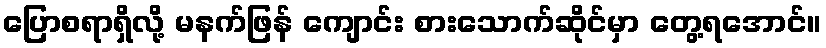
ပြောစရာရှိလို့ မနက်ဖြန် ကျောင်း စားသောက်ဆိုင်မှာ တွေ့ရအောင်။